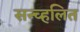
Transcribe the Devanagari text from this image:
सन्च्हलित